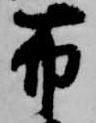
布